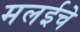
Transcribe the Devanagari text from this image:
मलईचे